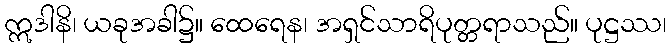
ဣဒါနိ၊ ယခုအခါ၌။ ထေရေန၊ အရှင်သာရိပုတ္တရာသည်။ ပုဋ္ဌဿ၊